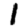
Digit: 1